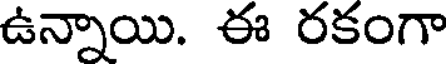
ఉన్నాయి. ఈ రకంగా